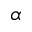
\alpha